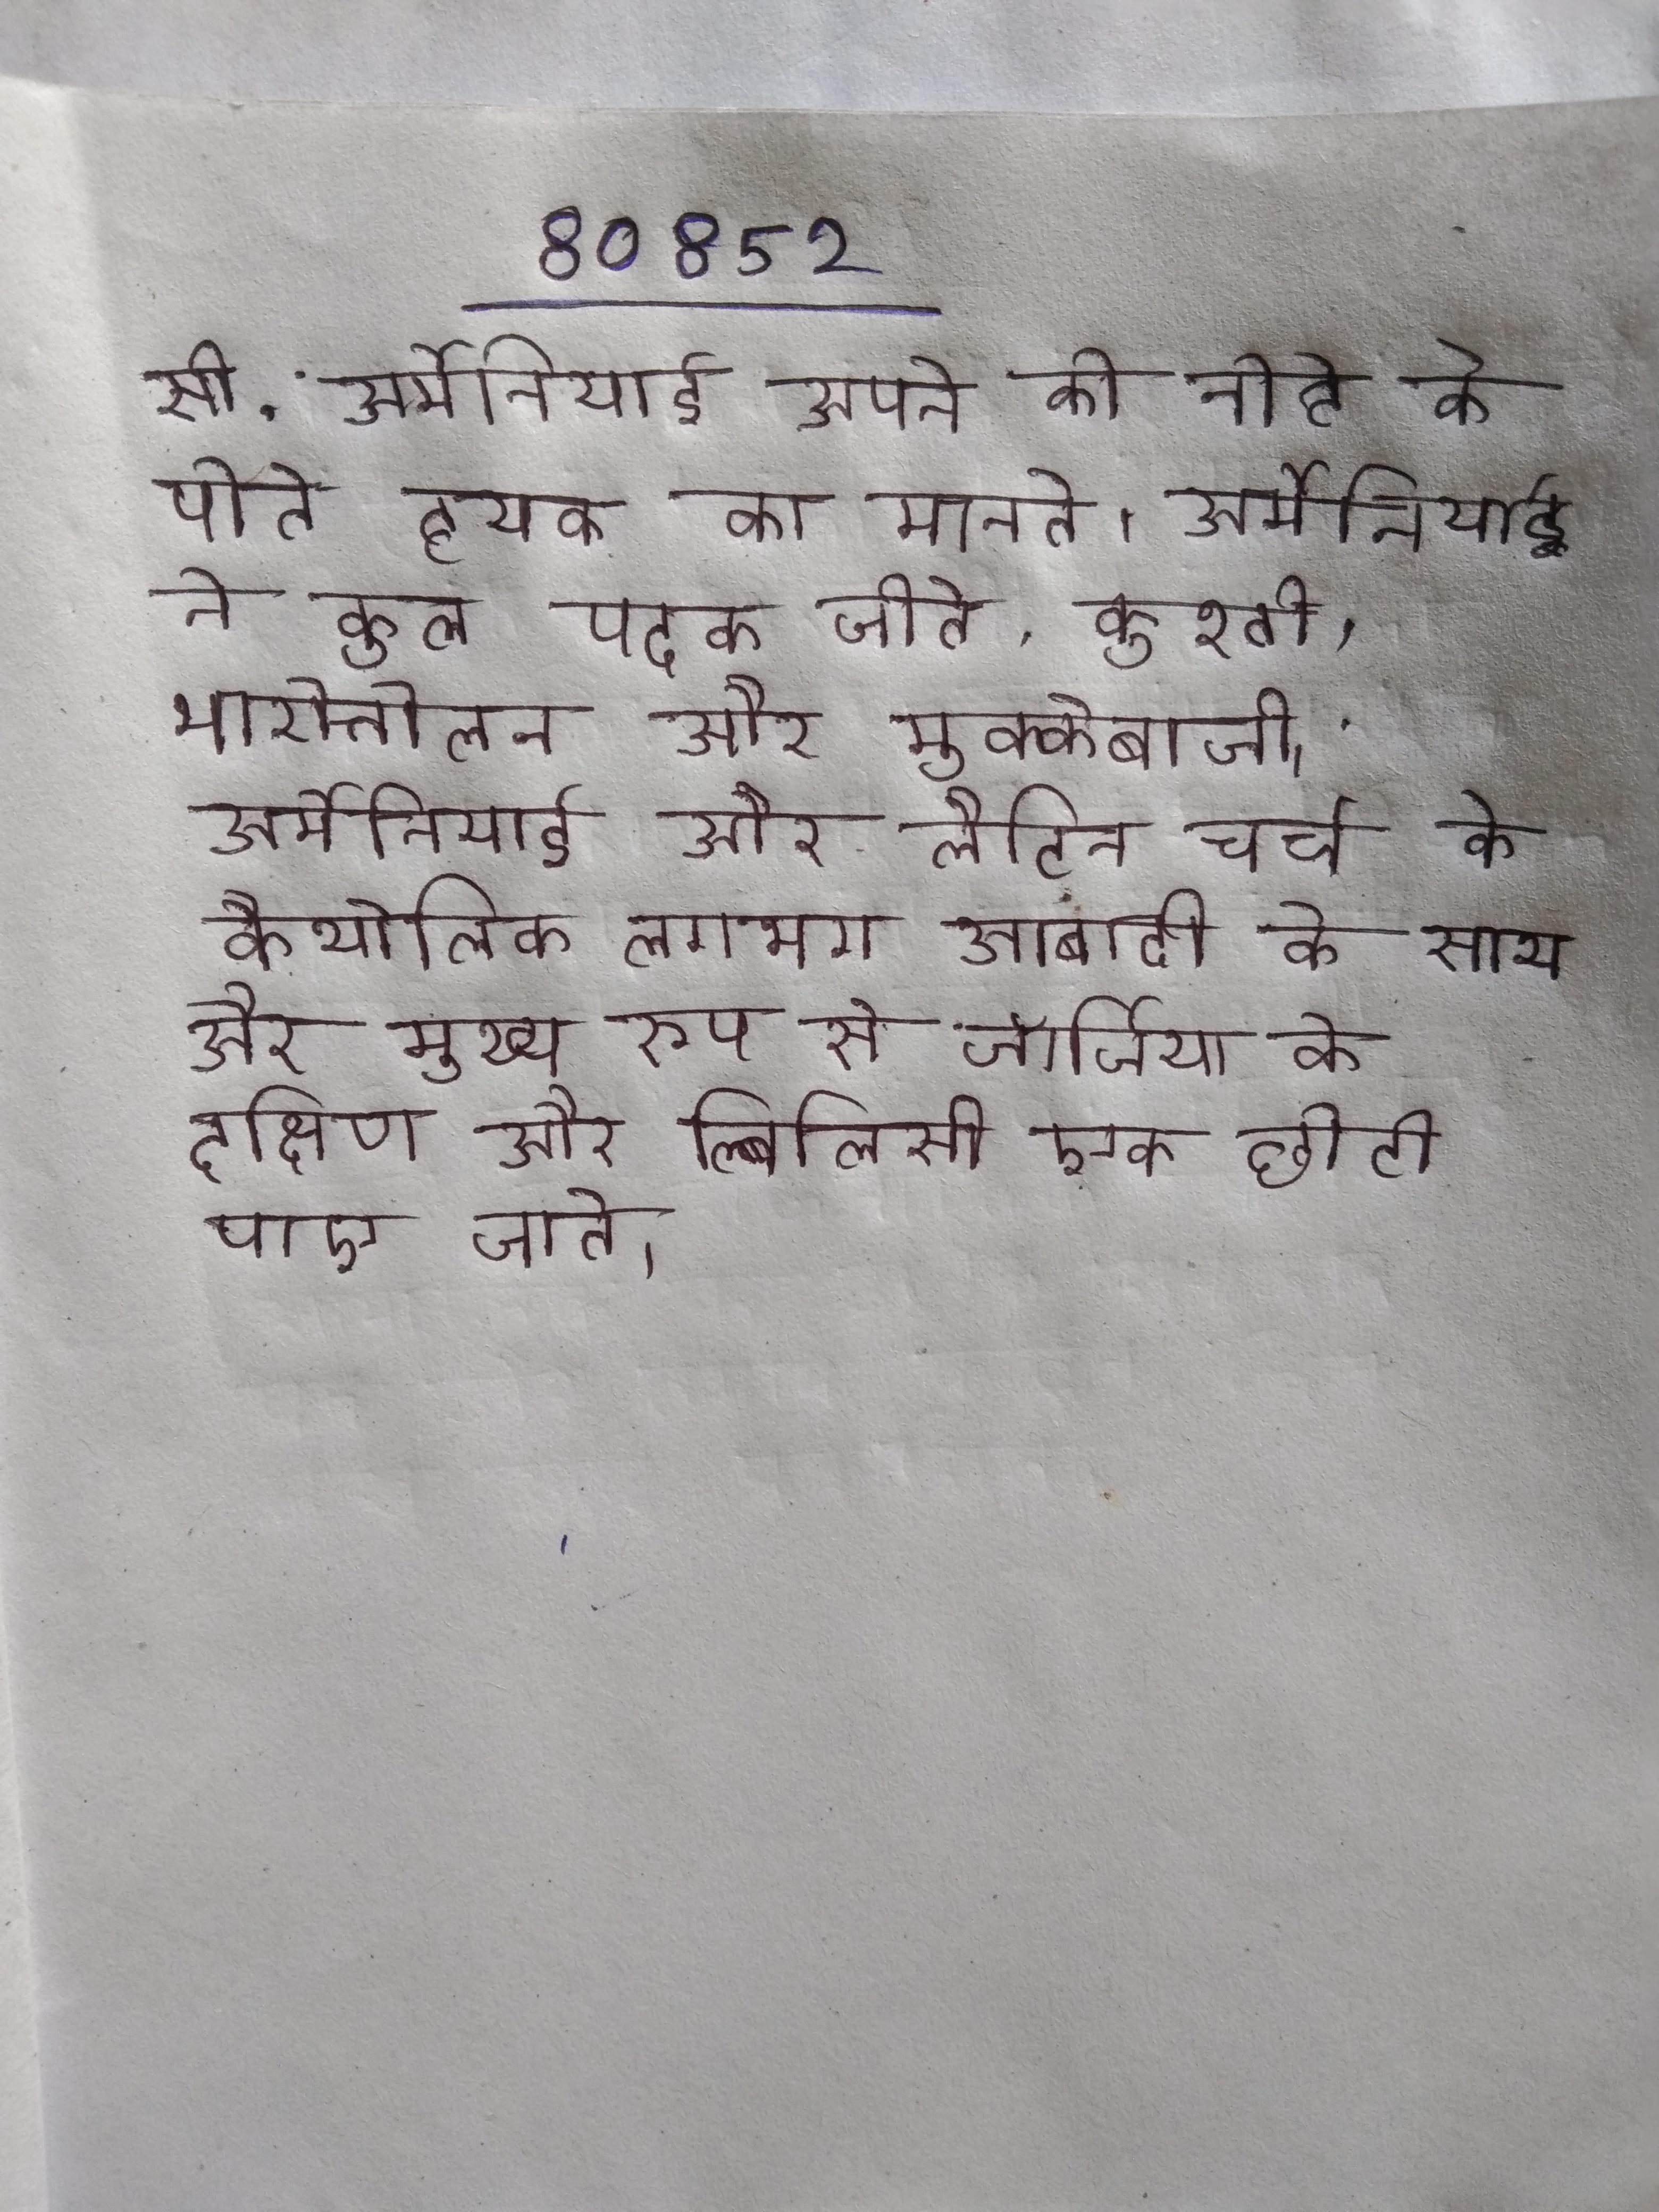
सी . अर्मेनियाई अपने को नोहे के परपोते के पोते हयक का मानते । अर्मेनियाई ने कुल पदक जीते, कुश्ती, भारोत्तोलन और मुक्केबाजी । अर्मेनियाई और लैटिन चर्च के कैथोलिक लगभग आबादी के साथ और मुख्य रूप से जॉर्जिया के दक्षिण और त्बिलिसी एक छोटी पाए जाते ।